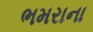
ભમરાના